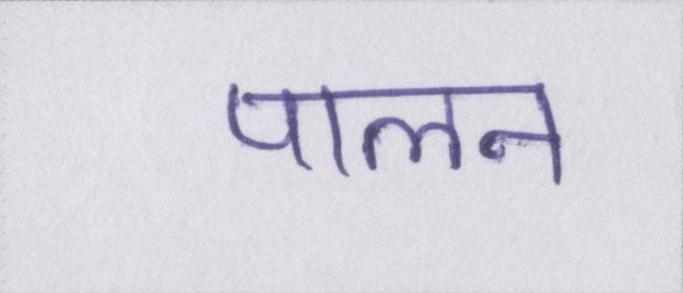
पालन